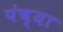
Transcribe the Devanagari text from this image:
पंच्या